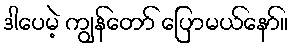
ဒါပေမဲ့ ကျွန်တော် ပြောမယ်နော်။